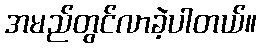
အမည်တွင်လာခဲ့ပါတယ်။